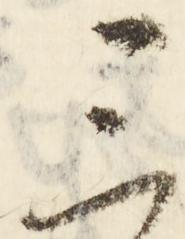
三